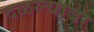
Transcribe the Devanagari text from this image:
दळल्यावर